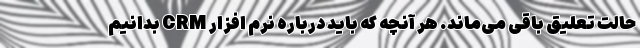
حالت تعلیق باقی می‌ماند. هر آنچه که باید درباره نرم افزار CRM بدانیم